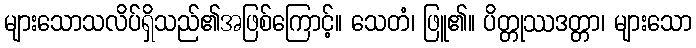
များသောသလိပ်ရှိသည်၏အဖြစ်ကြောင့်။ သေတံ၊ ဖြူ၏။ ပိတ္တုဿဒတ္တာ၊ များသော